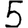
Digit: 5